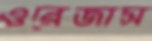
ওরেজাস